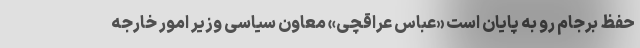
حفظ برجام رو به پایان است «عباس عراقچی» معاون سیاسی وزیر امور خارجه